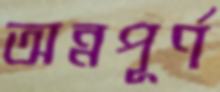
অন্নপূর্ণ